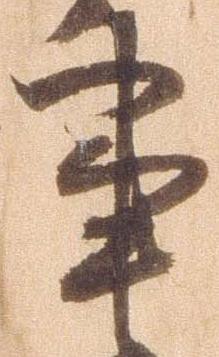
事